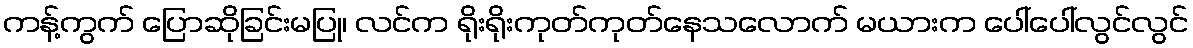
ကန့်ကွက် ပြောဆိုခြင်းမပြု၊ လင်က ရိုးရိုးကုတ်ကုတ်နေသလောက် မယားက ပေါ်ပေါ်လွင်လွင်